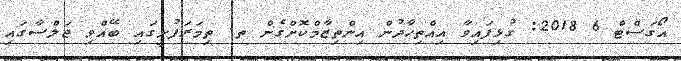
އޯގަސްޓް 6 2018: ގުޅިފައިވާ އިއްތިހާދުން އިންތިޒާމްކޮށްގެން ތ. ތިމަރަފުށީގައި ބޭއްވި ޖަލްސާގައި